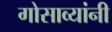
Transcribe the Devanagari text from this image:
गोसाव्यांनी